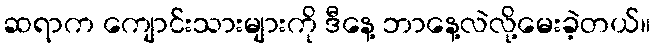
ဆရာက ကျောင်းသားများကို ဒီနေ့ ဘာနေ့လဲလို့မေးခဲ့တယ်။